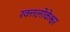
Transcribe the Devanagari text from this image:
रक्तलोकेश्वर